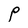
Character: P